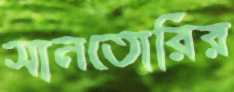
সানতোরির